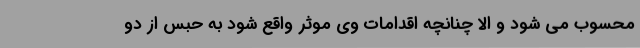
محسوب می‌ شود و الا ‌چنانچه اقدامات وی موثر واقع شود به حبس از دو